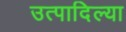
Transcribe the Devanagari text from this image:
उत्पादिल्या